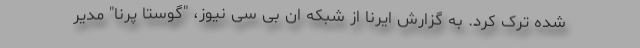
شده ترک کرد. به گزارش ایرنا از شبکه ان بی سی نیوز، "گوستا پرنا" مدیر